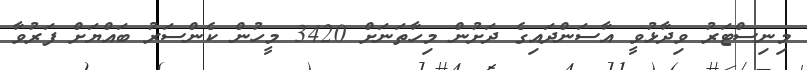
މިނިސްޓަރު ވިދާޅުވީ އާސަންދައިގެ ދަށުން މިހާތަނަށް 3420 މީހުން ކެންސަރު ބައްޔަށް ފަރުވާ